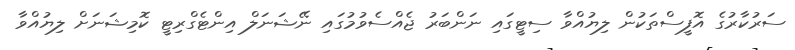
ސަރުކާރުގެ އޮފީސްތަކުން ލިޔުއްވާ ސިޓީގައި ނަންބަރު ޖެއްސެވުމުގައި ނޭޝަނަލް އިންޓެގްރިޓީ ކޮމިޝަނަށް ލިޔުއްވާ